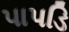
પાપડિ